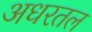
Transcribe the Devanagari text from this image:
अधरतल